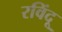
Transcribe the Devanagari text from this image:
रविंदू